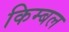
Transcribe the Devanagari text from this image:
किम्बल